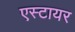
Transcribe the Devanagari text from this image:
एस्टायर